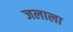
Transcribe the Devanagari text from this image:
जलाला